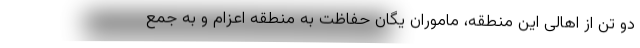
دو تن از اهالی این منطقه، ماموران یگان حفاظت به منطقه اعزام و به جمع